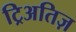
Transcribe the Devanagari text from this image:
ट्रिअतिज़